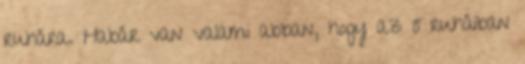
ruhára. Habár van valami abban, hogy az ő ruháiban